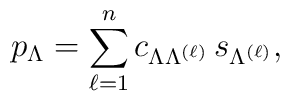
p_\Lambda = \sum_{\ell=1}^{n} c_{\Lambda\Lambda^{(\ell)}}\,s_{\Lambda^{(\ell)}},